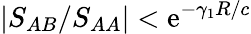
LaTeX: |S_{AB}/S_{AA}|<\mathrm{e}^{-\gamma_{1}R/c}